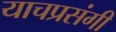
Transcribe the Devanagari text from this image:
याचप्रसंगी